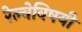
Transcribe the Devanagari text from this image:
रेल्वेविषयी